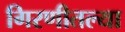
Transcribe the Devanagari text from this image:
गिरणीतल्या